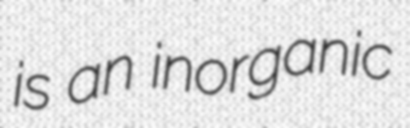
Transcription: is an inorganic